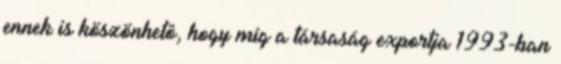
ennek is köszönhetô, hogy míg a társaság exportja 1993-ban